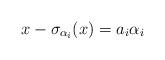
LaTeX: \begin{align*}x- \sigma_{\alpha_i}(x)= a_i \alpha_i\end{align*}